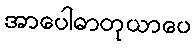
အာပေါဓာတုယာပေ